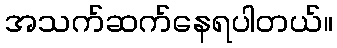
အသက်ဆက်နေရပါတယ်။